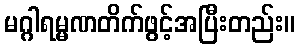
မဂ္ဂါရမ္မဏတိက်ဖွင့်အပြီးတည်း။